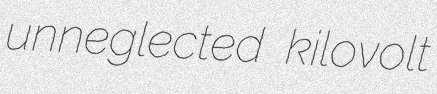
unneglected kilovolt